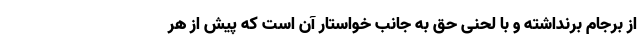
از برجام برنداشته و با لحنی حق به جانب خواستار آن است که پیش از هر